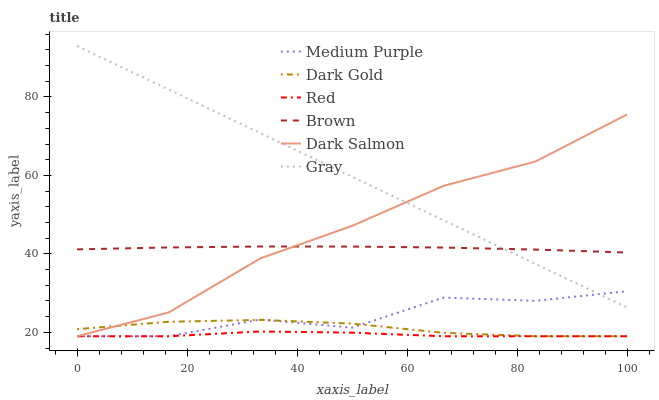
| xaxis_label | Medium Purple | Dark Gold | Red | Brown | Dark Salmon | Gray |
 | --- | --- | --- | --- | --- | --- | --- |
 | 0 | 19 | 20.8 | 19 | 41.2 | 19 | 93 |
 | 16.7 | 19 | 22.7 | 19 | 41.6 | 25.1 | 81.9 |
 | 33.3 | 23.3 | 23.2 | 20.2 | 41.9 | 38.9 | 70.8 |
 | 50 | 21.2 | 22.2 | 19.9 | 41.9 | 47.1 | 59.7 |
 | 66.7 | 28.9 | 19.9 | 19 | 41.6 | 57.4 | 48.6 |
 | 83.3 | 28 | 19 | 19 | 41.1 | 63.5 | 37.5 |
 | 100 | 30.5 | 19 | 19 | 40.3 | 75.5 | 26.3 |